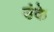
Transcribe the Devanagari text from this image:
उंके